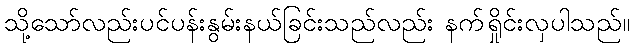
သို့သော်လည်းပင်ပန်းနွမ်းနယ်ခြင်းသည်လည်း နက်ရှိုင်းလှပါသည်။